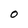
Character: O